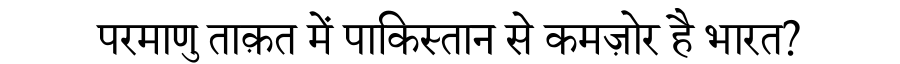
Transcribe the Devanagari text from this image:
परमाणु ताक़त में पाकिस्तान से कमज़ोर है भारत?